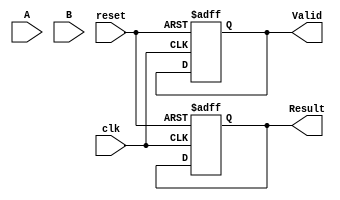
module pipelined_fp_multiplier(
    input clk,
    input reset,
    input [31:0] A,
    input [31:0] B,
    output reg [31:0] Result,
    output reg Valid
);

    // Internal signals
    reg [7:0] exp_a, exp_b, exp_result;
    reg [23:0] mant_a, mant_b, mant_result;
    reg sign_a, sign_b, sign_result;
    reg [1:0] stage; // Stage counter
    reg [31:0] intermediate_result[0:4]; // Intermediate results for each stage

    always @(posedge clk or posedge reset) begin
        if (reset) begin
            stage <= 0;
            Valid <= 0;
            Result <= 0;
        end else begin
            case (stage)
                2'b00: begin // Stage 1: Extract sign, exponent, and mantissa
                    sign_a <= A[31];
                    exp_a <= A[30:23];
                    mant_a <= {1'b1, A[22:0]}; // Normalize mantissa

                    sign_b <= B[31];
                    exp_b <= B[30:23];
                    mant_b <= {1'b1, B[22:0]}; // Normalize mantissa

                    // Move to the next stage
                    stage <= stage + 1;
                end

                2'b01: begin // Stage 2: Compute sign and exponent
                    sign_result <= sign_a ^ sign_b; // XOR for sign
                    exp_result <= exp_a + exp_b - 127; // Bias adjustment

                    // Move to the next stage
                    stage <= stage + 1;
                end

                2'b10: begin // Stage 3: Multiply mantissas
                    mant_result <= mant_a * mant_b; // Mantissa multiplication

                    // Move to the next stage
                    stage <= stage + 1;
                end

                2'b11: begin // Stage 4: Normalize the result
                    if (mant_result[47]) begin // Check for overflow
                        mant_result <= mant_result >> 1;
                        exp_result <= exp_result + 1;
                    end else if (mant_result[46] == 0) begin // Check for underflow
                        mant_result <= mant_result << 1;
                        exp_result <= exp_result - 1;
                    end

                    // Prepare final result
                    intermediate_result[0] <= {sign_result, exp_result[7:0], mant_result[22:0]};
                    stage <= stage + 1;
                end

                default: begin // Stage 5: Output result
                    Result <= intermediate_result[0];
                    Valid <= 1; // Indicate valid output
                    stage <= 0; // Reset for next operation
                end
            endcase
        end
    end
endmodule